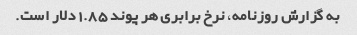
به گزارش روزنامه، نرخ برابری هر پوند 1.85 دلار است.